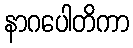
နာဂပေါတိကာ